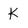
Character: k